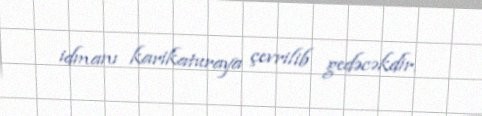
idmanı karikaturaya çevrilib gedəcəkdir.